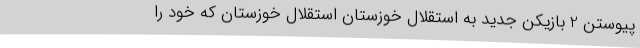
پیوستن 2 بازیکن جدید به استقلال خوزستان استقلال خوزستان که خود را